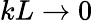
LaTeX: kL\rightarrow 0